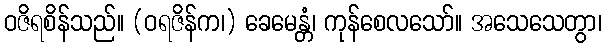
ဝဇိရစိန်သည်။ (ဝရဇိန်က၊) ခေမေန္တံ၊ ကုန်စေလသော်။ အသေသေတွာ၊